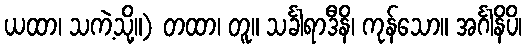
ယထာ၊ သကဲ့သို့။) တထာ၊ တူ။ သင်္ခါရာဒီနိ၊ ကုန်သော။ အင်္ဂါနိပိ၊